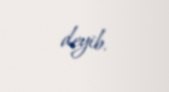
deyib.